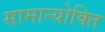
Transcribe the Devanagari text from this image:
सामान्योक्ति